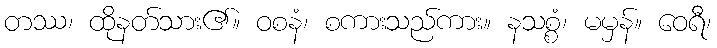
တဿ၊ ထိုနတ်သား၏။ ဝစနံ၊ စကားသည်ကား။ နသစ္စံ၊ မမှန်။ ဝေရီ၊